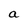
Character: a